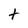
Character: t